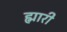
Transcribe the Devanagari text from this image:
ह्मारी